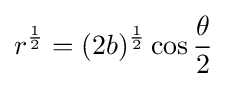
r^{1 \over 2}=(2b)^{1 \over 2}\cos {\frac {\theta }{2}}